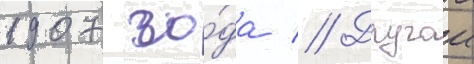
1907 го́да // Другои